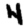
Digit: 4